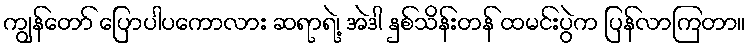
ကျွန်တော် ပြောပါပကောလား ဆရာရဲ့၊ အဲဒါ နှစ်သိန်းတန် ထမင်းပွဲက ပြန်လာကြတာ။